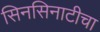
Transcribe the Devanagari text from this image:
सिनसिनाटीचा